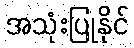
အသုံးပြုနိုင်